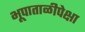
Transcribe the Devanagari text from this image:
भूपाताळीपेक्षा